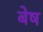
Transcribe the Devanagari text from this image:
बेष